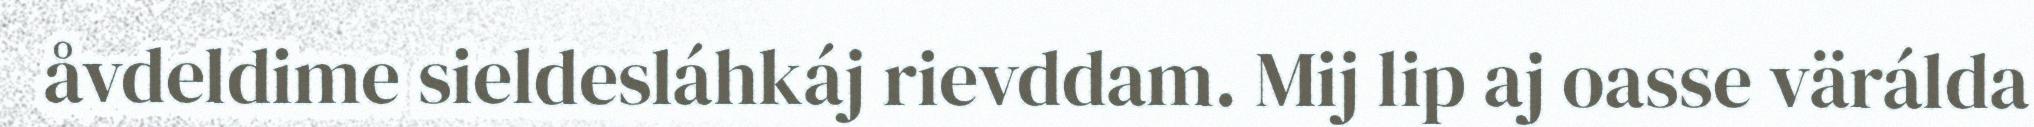
åvdeldime sieldesláhkáj rievddam. Mij lip aj oasse värálda